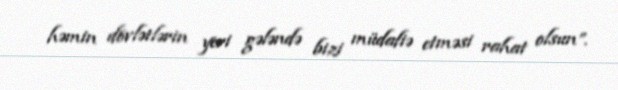
həmin dövlətlərin yeri gələndə bizi müdafiə etməsi rahat olsun”.